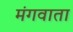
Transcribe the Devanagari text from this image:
मंगवाता